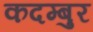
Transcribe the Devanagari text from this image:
कदम्बुर